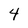
Character: 4